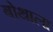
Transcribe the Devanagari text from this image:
बोथाला